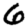
Digit: 6